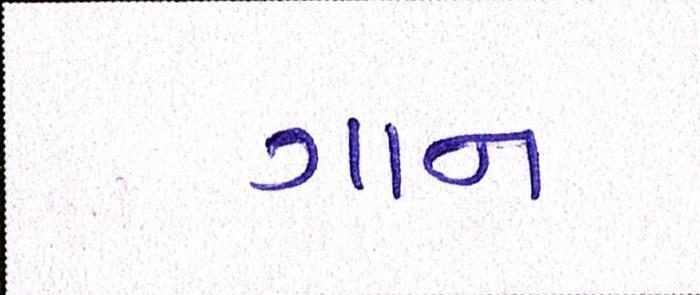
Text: ગાન